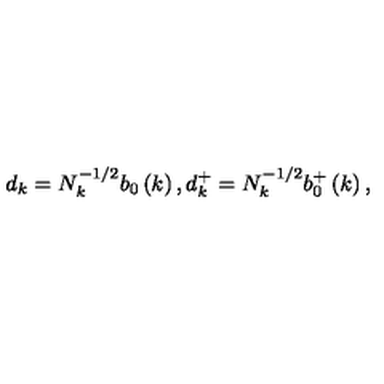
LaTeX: d _ { k } = N _ { k } ^ { - 1 / 2 } b _ { 0 } \left( k \right) , d _ { k } ^ { + } = N _ { k } ^ { - 1 / 2 } b _ { 0 } ^ { + } \left( k \right) ,